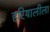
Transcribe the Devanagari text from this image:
हरियालीला